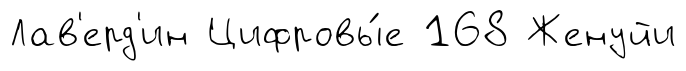
Лав'ерд'ин Цифровы́е 168 Женуйи